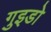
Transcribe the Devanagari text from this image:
गुइडो